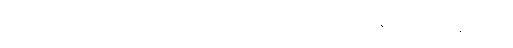
တရွာထဲနေ ညာဏ်ဝင်း မည်သည့်ပြိုင်ဘက်ကိုမဆို အယ်လဂိုရီသမ် ဖြည့်ဆည်းခွင့်